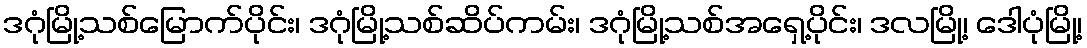
ဒဂုံမြို့သစ်မြောက်ပိုင်း၊ ဒဂုံမြို့သစ်ဆိပ်ကမ်း၊ ဒဂုံမြို့သစ်အရှေ့ပိုင်း၊ ဒလမြို့၊ ဒေါပုံမြို့၊